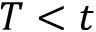
T < t